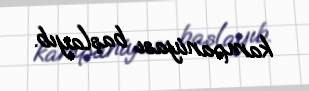
kampaniyası başlayıb.